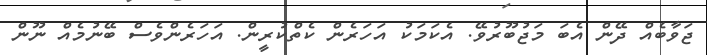
ޖަވާބެއް ދޭން އެބަ މަޖުބޫރުވޭ. އެކަމަކު އަހަރެން ކެތްކުރީން. އަހަރެންވެސް ބޭނުމެއް ނޫން